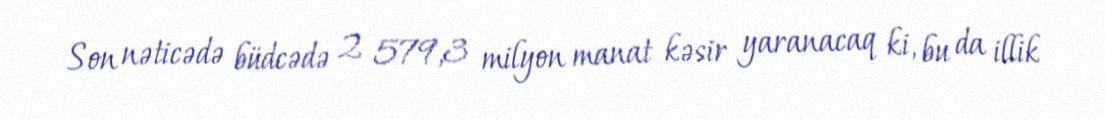
Son nəticədə büdcədə 2 579,3 milyon manat kəsir yaranacaq ki, bu da illik